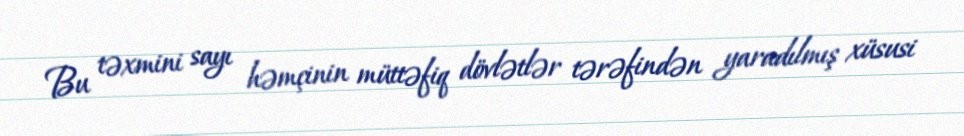
Bu təxmini sayı həmçinin müttəfiq dövlətlər tərəfindən yaradılmış xüsusi